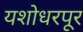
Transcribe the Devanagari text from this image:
यशोधरपूर